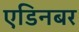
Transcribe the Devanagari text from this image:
एडिनबर